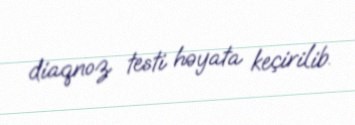
diaqnoz testi həyata keçirilib.